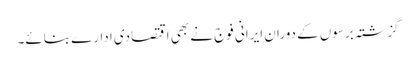
گزشتہ برسوں کے دوران ایرانی فوج نے بھی اقتصادی ادارے بنائے۔